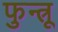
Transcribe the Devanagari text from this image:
फुन्त्रू